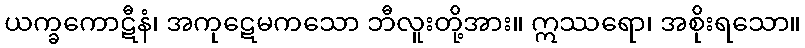
ယက္ခကောဋီနံ၊ အကုဋေမကသော ဘီလူးတို့အား။ ဣဿရော၊ အစိုးရသော။